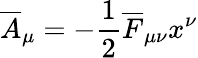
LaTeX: \overline{{{A}}}_{\mu}=-{\frac{1}{2}}\overline{{{F}}}_{\mu\nu}x^{\nu}